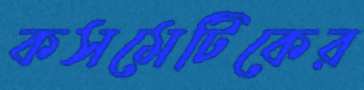
কসমেটিকের